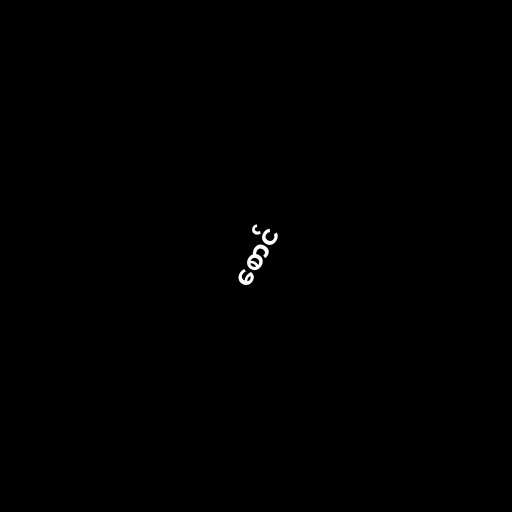
စောင်